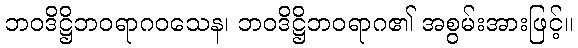
ဘဝဒိဋ္ဌိဘဝရာဂဝသေန၊ ဘဝဒိဋ္ဌိဘဝရာဂ၏ အစွမ်းအားဖြင့်။